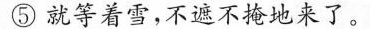
⑤就等着雪，不遮不掩地来了。